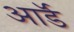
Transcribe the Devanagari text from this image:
आर्डॅ